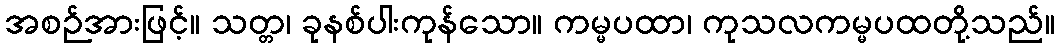
အစဉ်အားဖြင့်။ သတ္တ၊ ခုနစ်ပါးကုန်သော။ ကမ္မပထာ၊ ကုသလကမ္မပထတို့သည်။